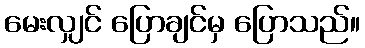
မေးလျှင် ပြောချင်မှ ပြောသည်။